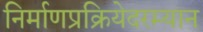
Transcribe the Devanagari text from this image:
निर्माणप्रक्रियेदरम्यान